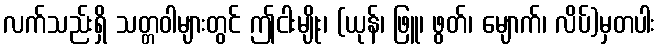
လက်သည်းရှိ သတ္တဝါများတွင် ဤငါးမျိုး၊ (ယုန်၊ ဖြူ၊ ဖွတ်၊ မျောက်၊ လိပ်)မှတပါး